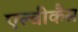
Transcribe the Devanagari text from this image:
एल्‍बीकैंस